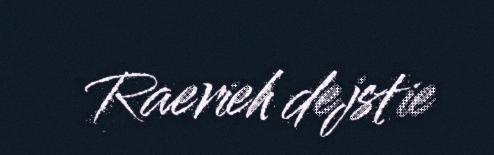
Raerieh dejstie